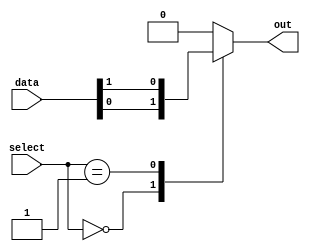
module mux_64to1 (
    input [63:0] data,
    input [5:0] select,
    output reg out
);

always @(*) begin
    case (select)
        6'b000000: out = data[0];
        6'b000001: out = data[1];
        // Add cases for the rest of the inputs
        // up to 6'b111111
        default: out = 64'b0; // default output
    endcase
end

endmodule